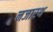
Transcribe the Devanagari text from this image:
नजारथ